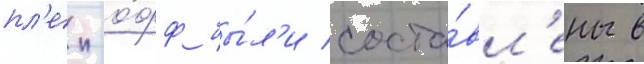
пл'еи-о́фф бы́л'и соста́вл'ены в